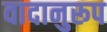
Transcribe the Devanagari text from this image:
वादानुरूप